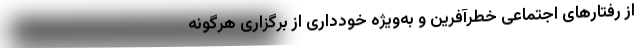
از رفتارهای اجتماعی خطرآفرین و به‌ویژه خودداری از برگزاری هرگونه